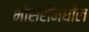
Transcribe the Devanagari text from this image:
भोसरीमधील